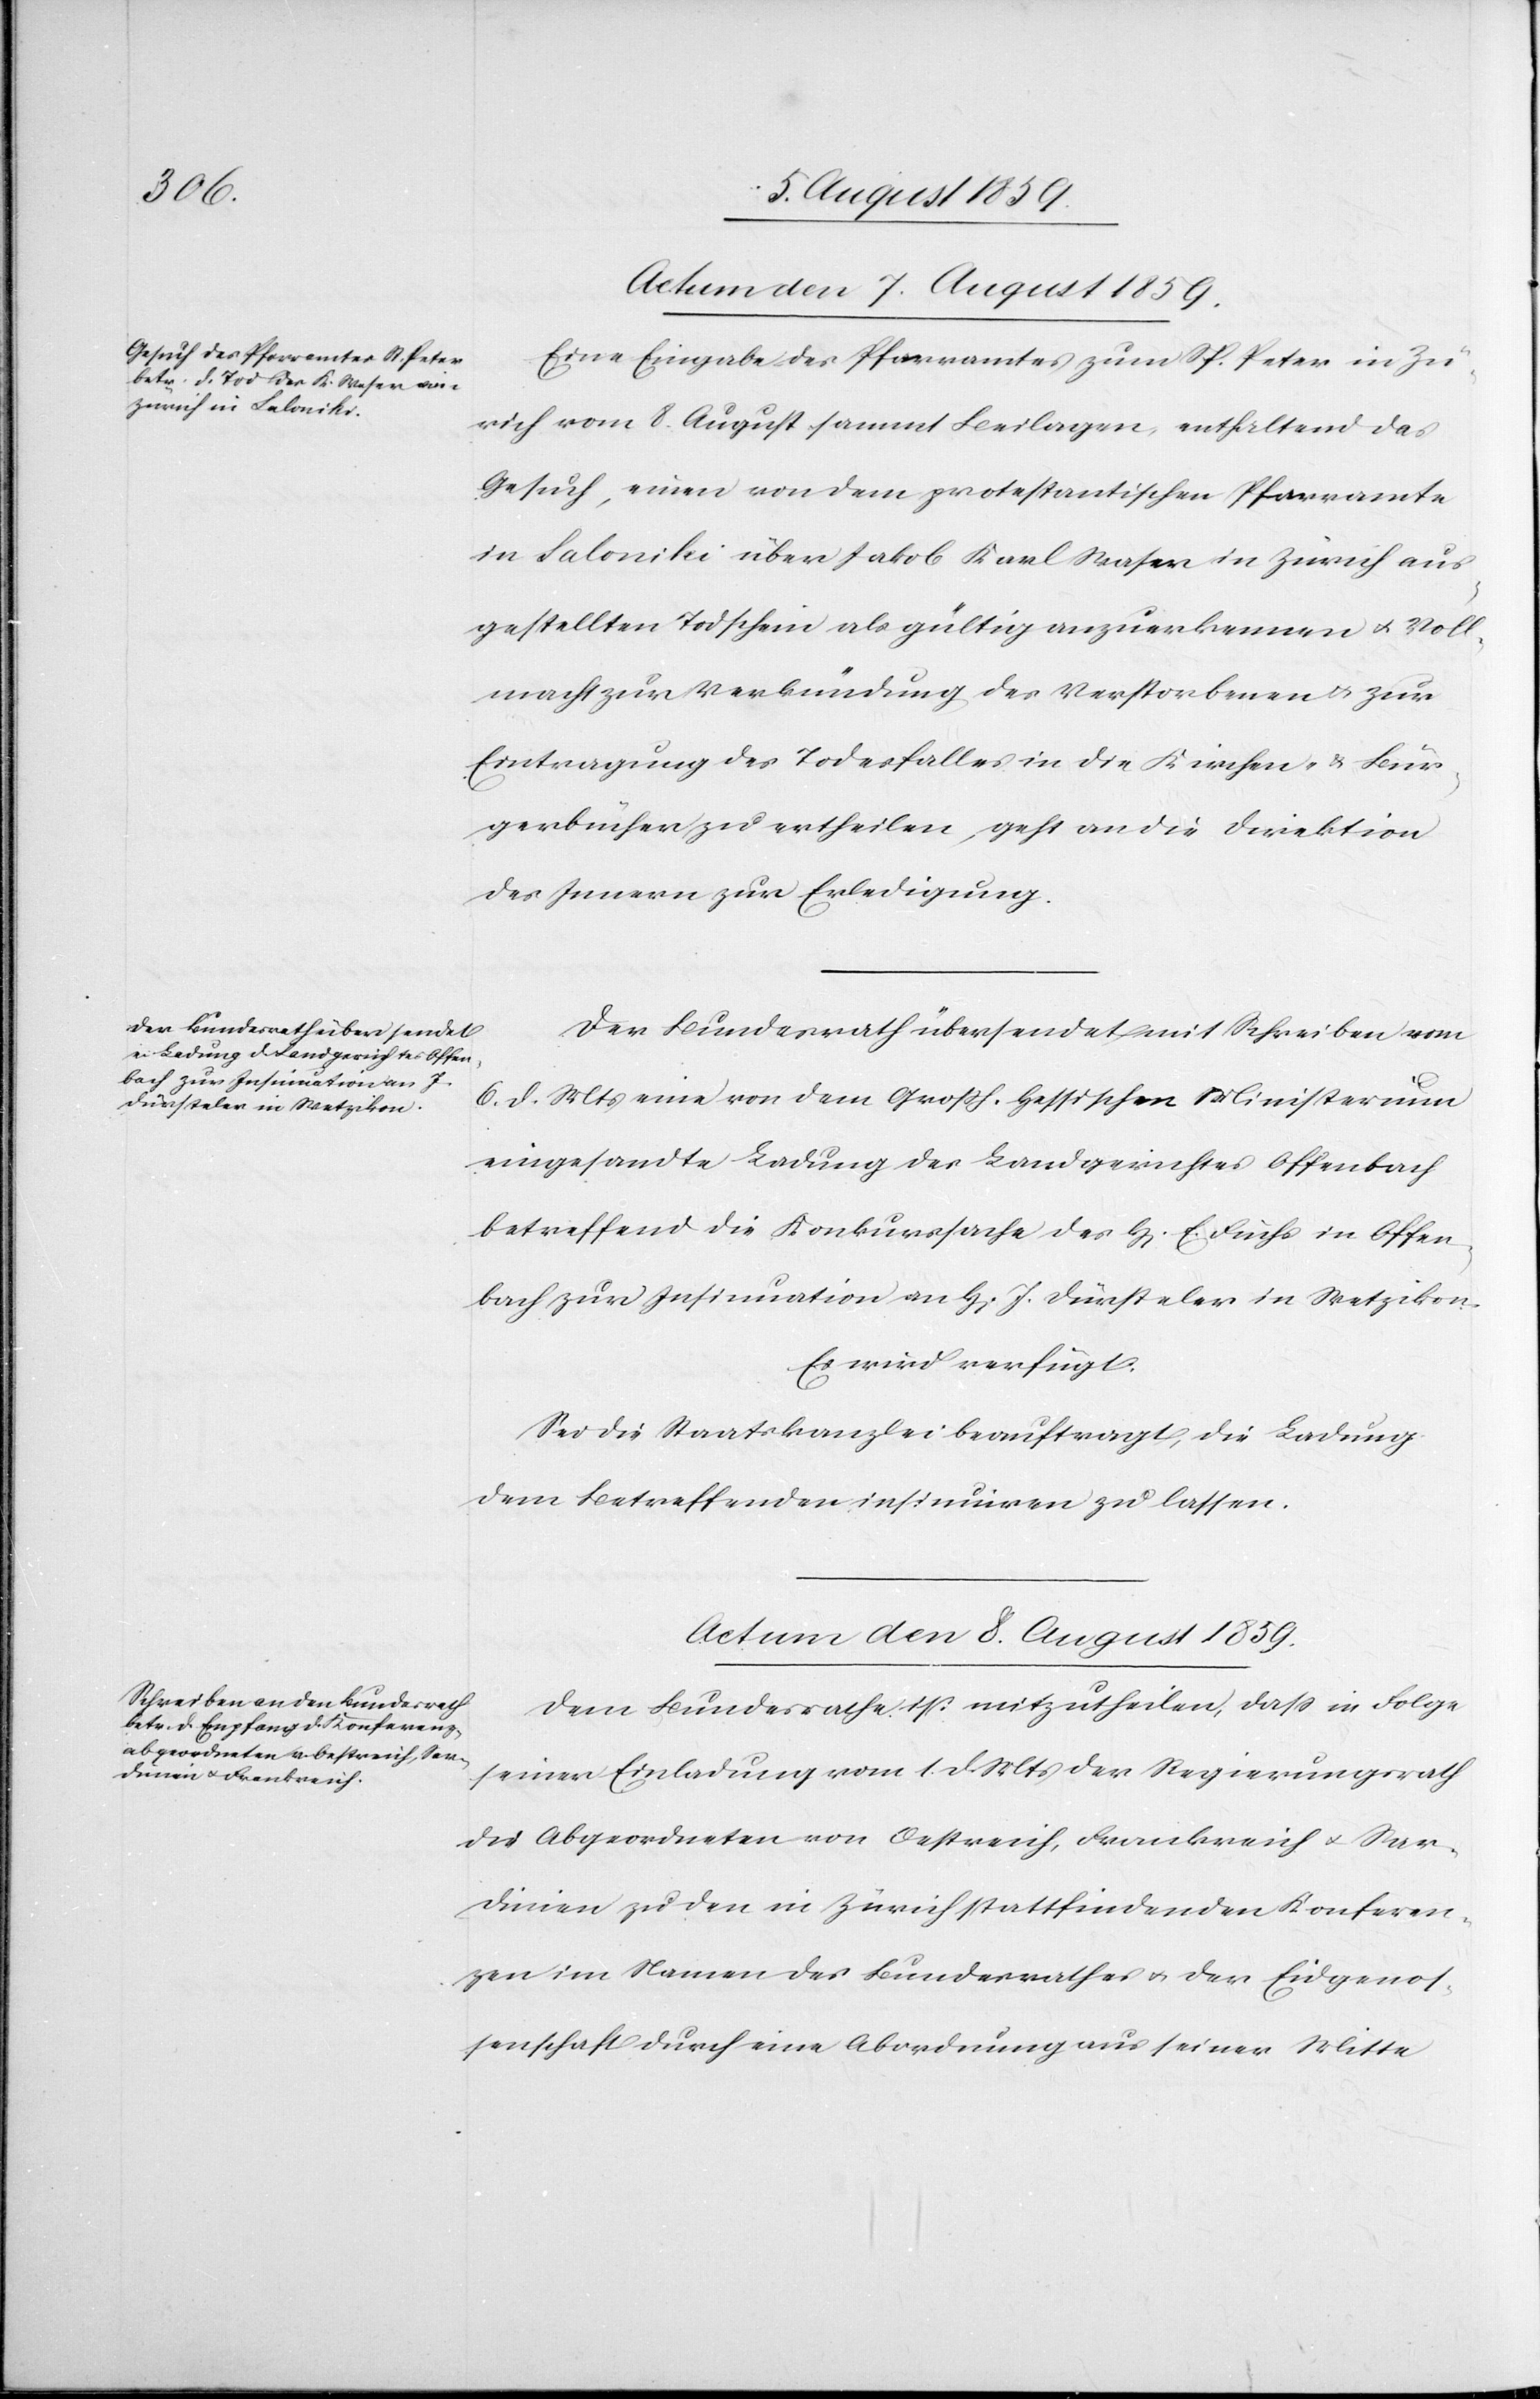
Actum den 7. August 1859.]
Eine Eingabe des Pfarramtes zum St. Peter in Zü¬
rich vom 8. August sammt Beilagen, enthaltend das
Gesuch, einen von dem protestantischen Pfarramte
in Saloniki über Jakob [sic!] Karl Waser in Zürich aus¬
gestellten Todschein als gültig anzuerkennen u. Voll¬
macht zur Verkündung des Verstorbenen u. zur
Eintragung des Todesfalles in die Kirchen- u. Bür¬
gerbücher zu ertheilen, geht an die Direktion
des Innern zur Erledigung.
Der Bundesrath übersendet mit Schreiben vom
6. d. Mts. eine von dem Großh. Hessischen Ministerium
eingesandte Ladung des Landgerichtes Offenbach
betreffend die Konkurssache des H[errn] E. Fuchs in Offen¬
bach zur Insinuation an H[errn] J. Dürsteler in Wetzikon.
Es wird verfügt:
Sei die Staatskanzlei beauftragt, die Ladung
dem betreffenden insinuiren zu lassen.
Actum den 8. August 1859.
Dem Bundesrath ist mitzutheilen, daß in Folge
seiner Einladung vom 1. d. Mts. der Regierungsrath
die Abgeordneten von Oestreich, Frankreich u. Sar¬
dinien zu den in Zürich stattfindenden Konferen¬
zen im Namen des Bundesrathes u. der Eidgenos¬
senschaft durch eine Abordnung aus seiner Mitte